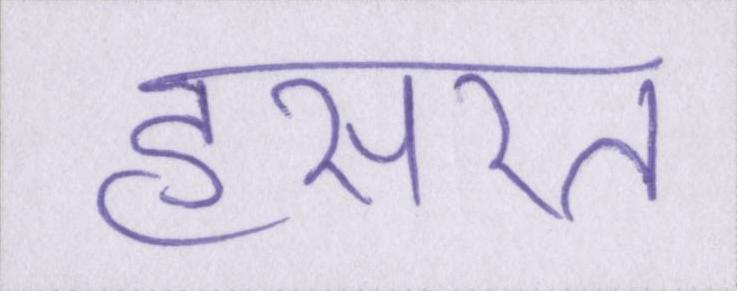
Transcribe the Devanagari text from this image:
हसरत